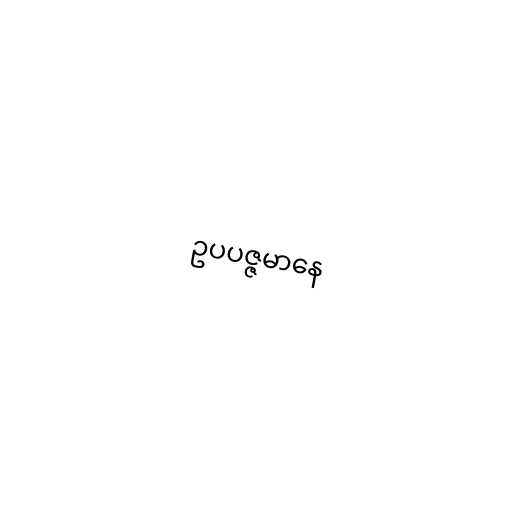
ဥပပဇ္ဇမာနေ